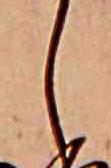
し